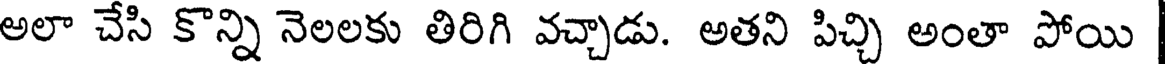
అలా చేసి కొన్ని నెలలకు తిరిగి వచ్చాడు. అతని పిచ్చి అంతా పోయి